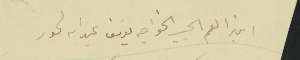
ابن العم الحبيب الخواجه يوسَف عبدالله لحود